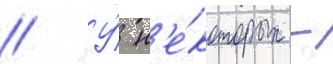
// У́ н'е́которых -